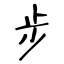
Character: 步